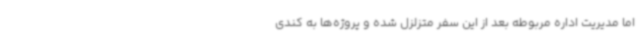
اما مدیریت اداره مربوطه بعد از این سفر متزلزل شده و پروژه‌ها به کندی